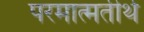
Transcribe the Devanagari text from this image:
परमात्मतीर्थ